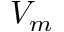
V _ { m }